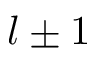
l \pm 1